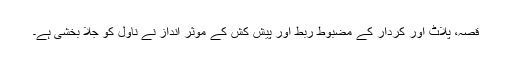
قصہ، پلاٹ اور کردار کے مضبوط ربط اور پیش کش کے موثر انداز نے ناول کو جلا بخشی ہے۔